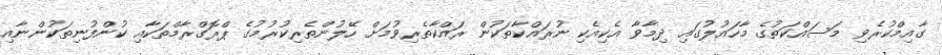
ގާއިމްކުރެވި މަސައްކަތުގެ މާހައުލުގައި ދިމާވާ އެކިއެކި ނުރައްކާތަކުން ރައްކާތެރިވުމަށް ހޭލުންތެރިކުރުމުގެ ޕްރޮގްރާމްތަކާއި ކުންފުނިތަކުންނާއި